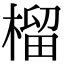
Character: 榴